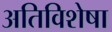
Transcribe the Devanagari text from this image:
अतिविशेषा